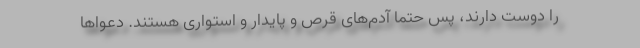
را دوست دارند، پس حتما آدم‌های قرص و پایدار و استواری هستند. دعواها